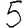
Digit: 5